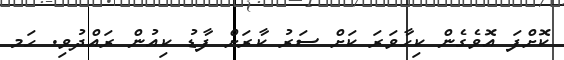
ކޮށްފަ އޮވެގެން ކިހާވަރަ ކަށް ސަރު ކާރަށް ފާޑު ކިއުން ރައްދުވި. ހަމ